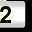
Digit: 2